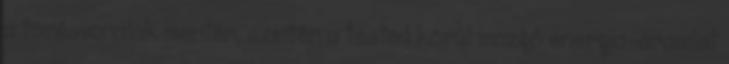
a törésvonalak mentén, szintén a tested körül mozgó energia-áramlat